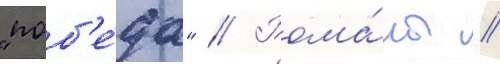
"поб'е́да" // Рома́ны //